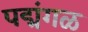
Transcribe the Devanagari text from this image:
पद्मंगळ